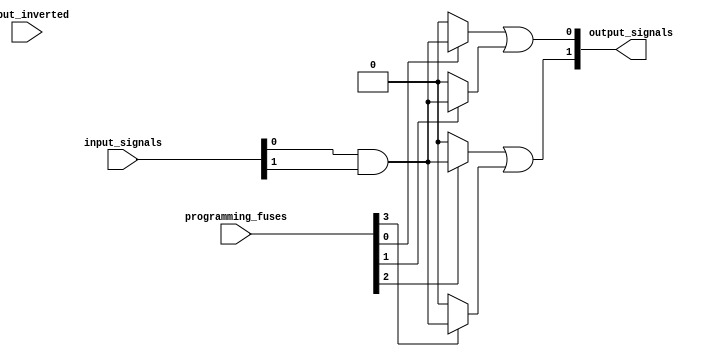
module fused_pal #(
    parameter N = 4, // Number of inputs
    parameter M = 2, // Number of outputs
    parameter AND_GATES = 4 // Number of programmable AND gates
)(
    input wire [N-1:0] input_signals, // Input signals
    input wire [N-1:0] input_inverted, // Inverted input signals for direct AND input options
    input wire [AND_GATES-1:0] programming_fuses, // Fuses to program AND gates (1 for connected, 0 for blown)
    output wire [M-1:0] output_signals // Output signals
);

// Internal signals for AND gate outputs
wire [AND_GATES-1:0] and_outputs;

// Programmable AND array
generate
    genvar i;
    for (i = 0; i < AND_GATES; i = i + 1) begin: and_array
        // For each AND gate, connect based on fuses
        assign and_outputs[i] = programming_fuses[i] ? (input_signals[0] & input_signals[1])
                                                       : 1'b0; // Example connection for simplification
        // Extend further to handle more inputs and combinations as needed
    end
endgenerate

// Fixed OR array
assign output_signals[0] = and_outputs[0] | and_outputs[1]; // Output 0
assign output_signals[1] = and_outputs[2] | and_outputs[3]; // Output 1

endmodule